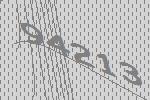
94213